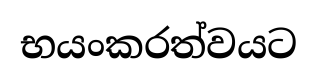
භයංකරත්වයට